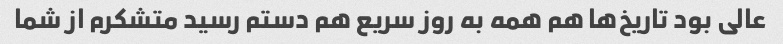
عالی بود تاریخ‌ها هم همه به روز سریع هم دستم رسید متشکرم از شما